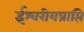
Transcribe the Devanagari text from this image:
ईश्वरीयप्राप्ति